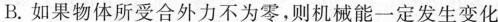
B.如果物体所受合外力不为零，则机械能一定发生变化